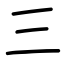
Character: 三